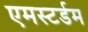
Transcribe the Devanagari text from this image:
एमस्टर्डम